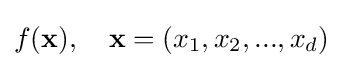
f(\mathbf {x} ),\quad \mathbf {x} =(x_{1},x_{2},...,x_{d})